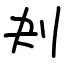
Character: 刔